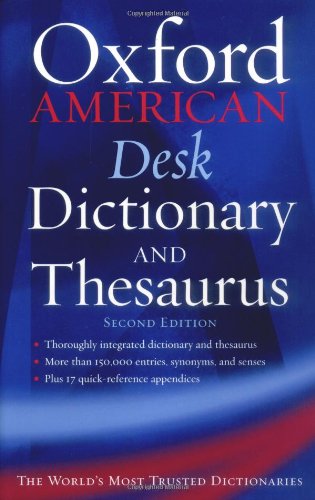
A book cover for The Oxford American Desk Dictionary and Thesaurus (New Look for Oxford Dictionaries); Reference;